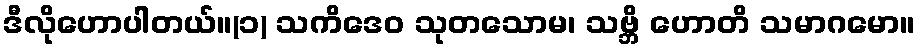
ဒီလိုဟောပါတယ်။(၁) သကိဒေဝ သုတသောမ၊ သဗ္ဘိ ဟောတိ သမာဂမော။